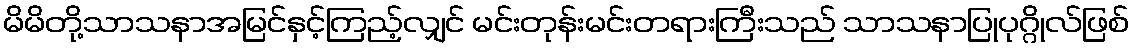
မိမိတို့သာသနာအမြင်နှင့်ကြည့်လျှင် မင်းတုန်းမင်းတရားကြီးသည် သာသနာပြုပုဂ္ဂိုလ်ဖြစ်